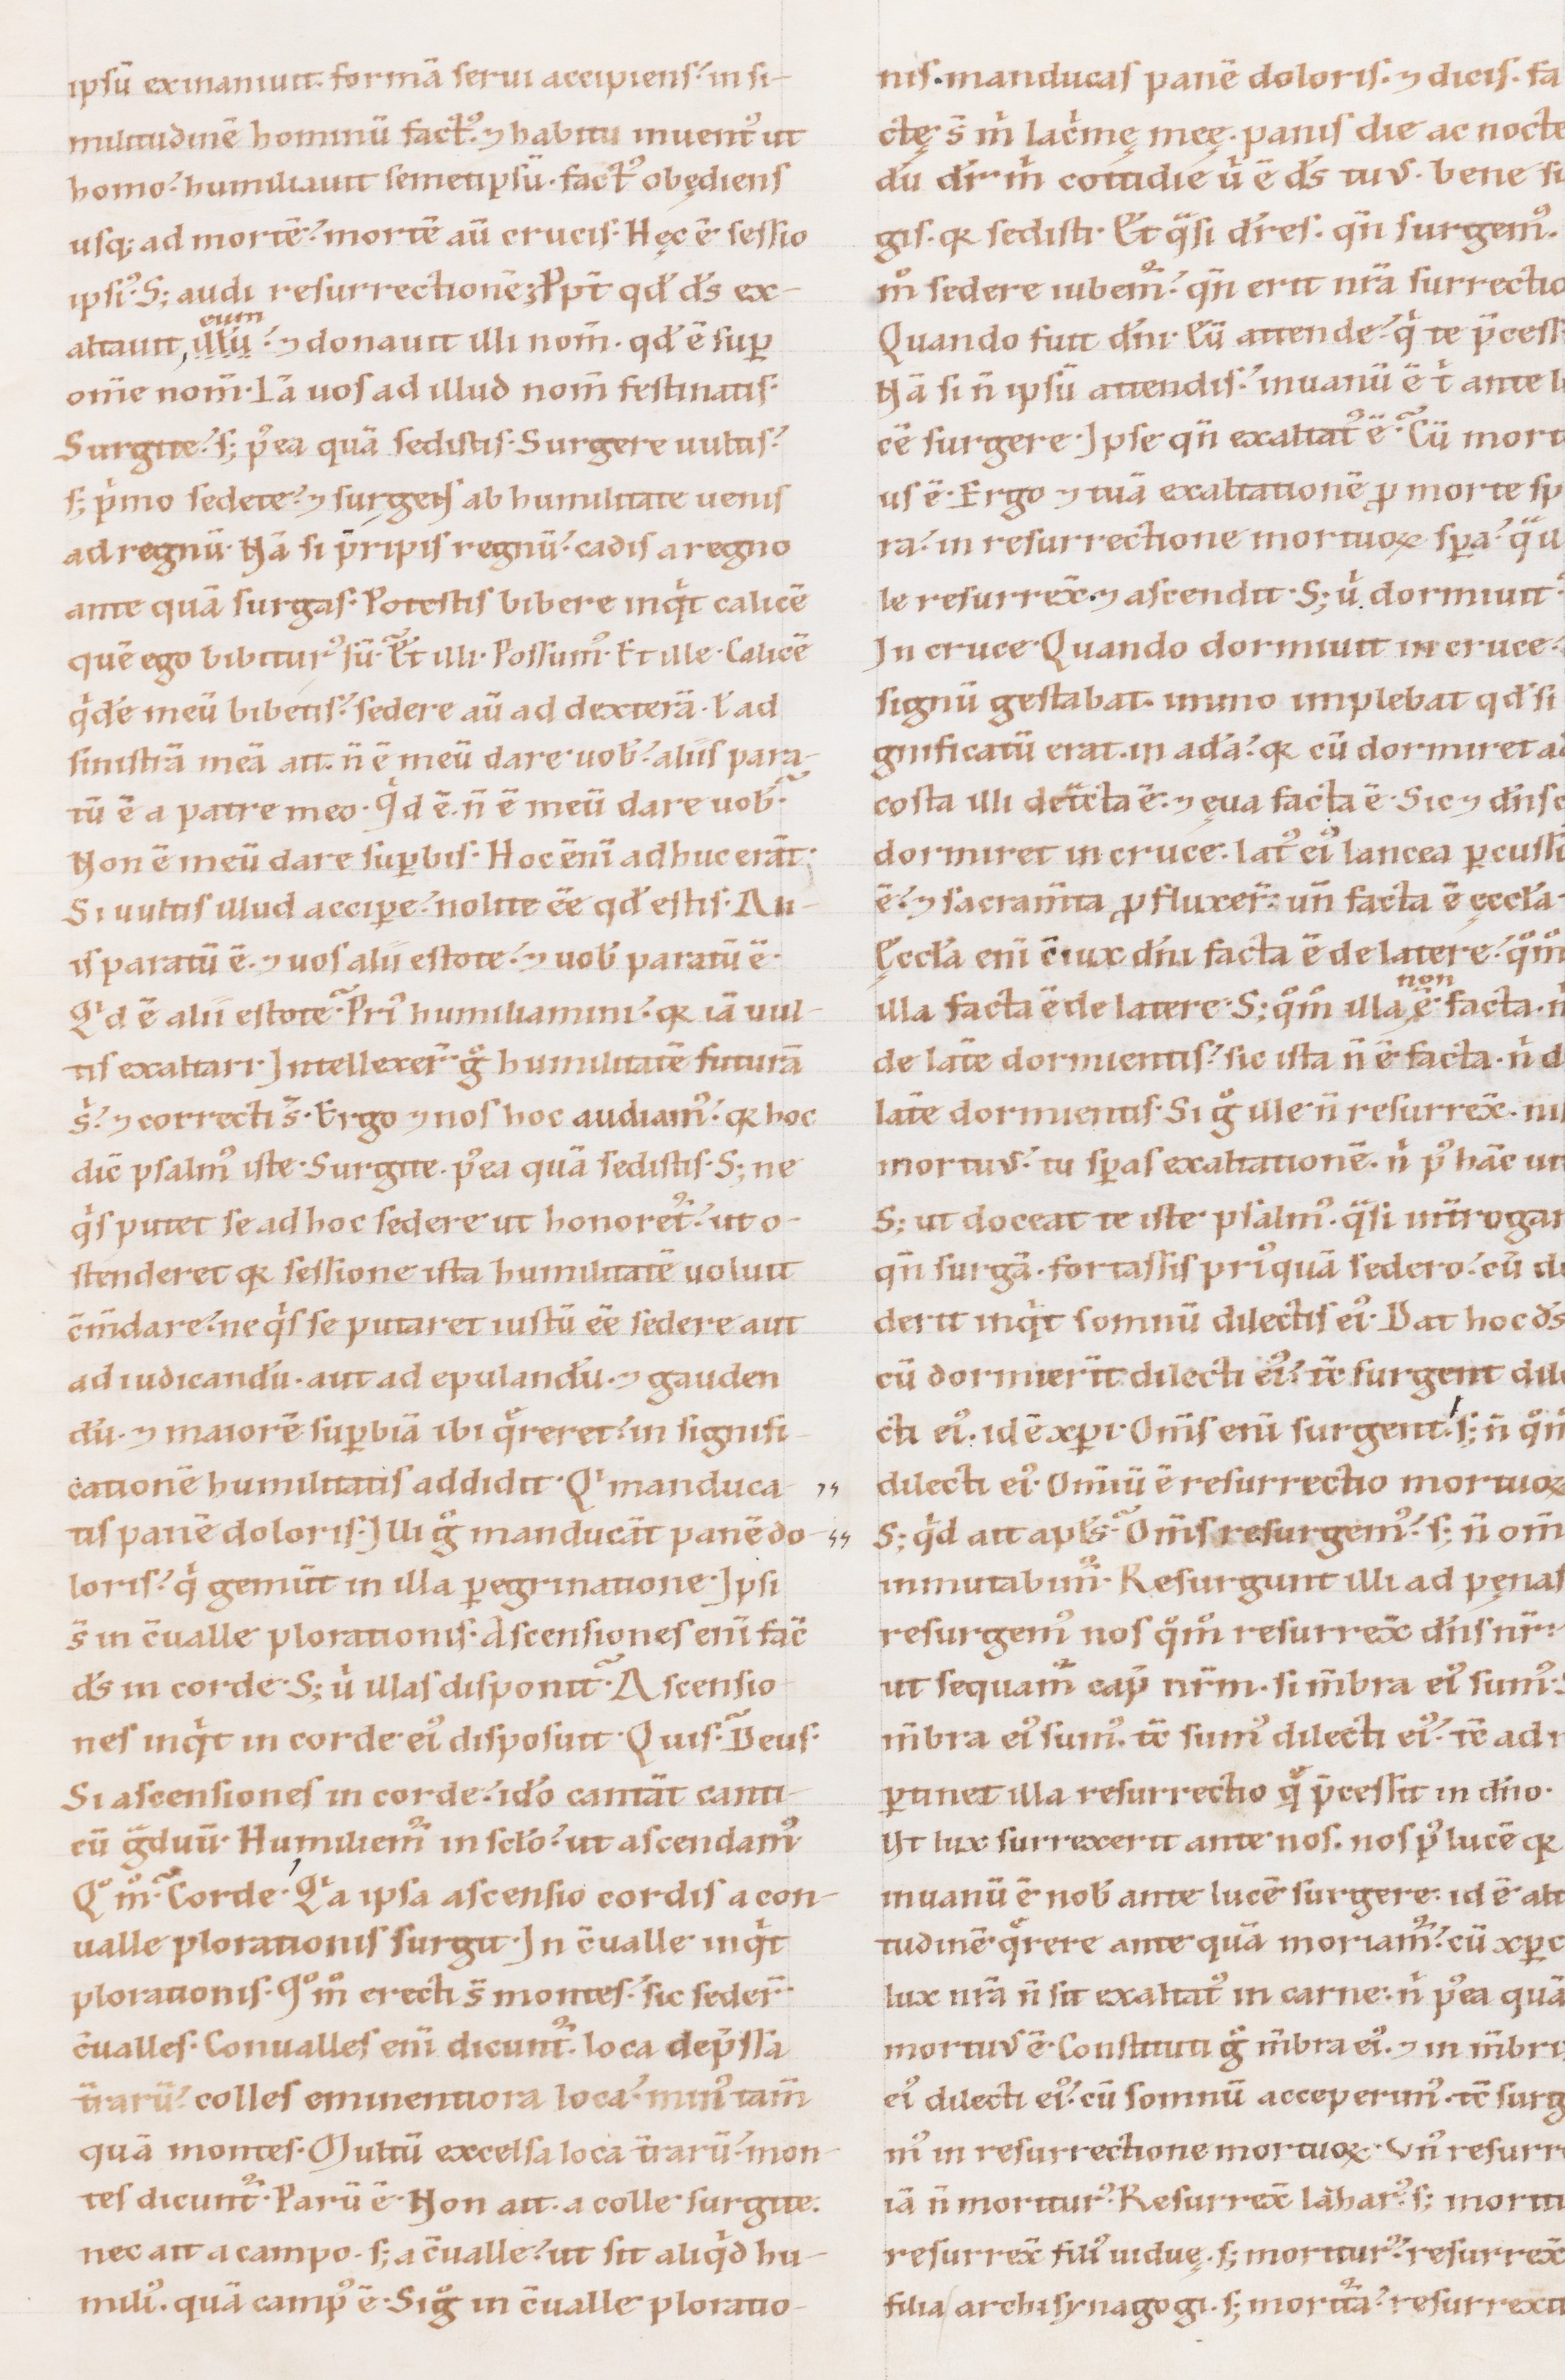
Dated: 1100–1199